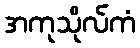
အကုသိုလ်ကံ